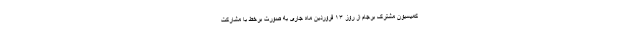
کمیسیون مشترک برجام از روز ۱۳ فروردین ماه جاری به صورت برخط با مشارکت